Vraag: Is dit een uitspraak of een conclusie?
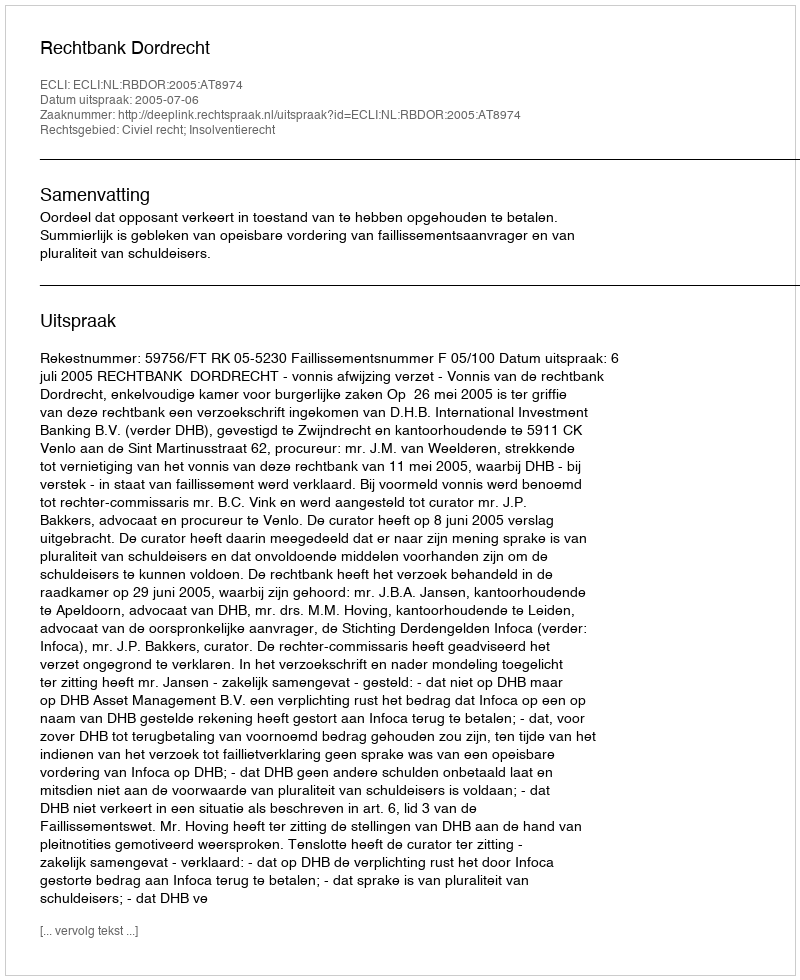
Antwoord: Uitspraak